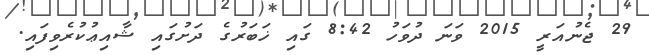
29 ޖެނުއަރީ 2015 ވަނަ ދުވަހު 8:42 ގައި ޚަބަރުގެ ދަށުގައި ޝާއިޢުކުރެވިފައި.